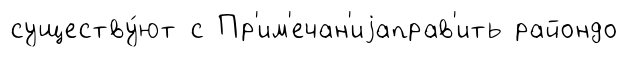
существу́ют с Пр'им'ечан'иjаправ'ить райондо